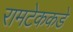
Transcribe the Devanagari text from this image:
रामटेककडे